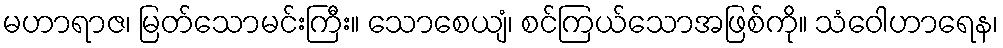
မဟာရာဇ၊ မြတ်သောမင်းကြီး။ သောစေယျံ၊ စင်ကြယ်သောအဖြစ်ကို။ သံဝေါဟာရေန၊